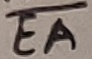
Text: EA